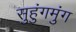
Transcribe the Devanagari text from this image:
सुहुंगमुंग